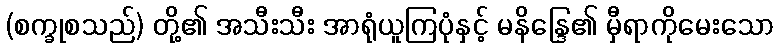
(စက္ခုစသည်) တို့၏ အသီးသီး အာရုံယူကြပုံနှင့် မနိန္ဒြေ၏ မှီရာကိုမေးသော